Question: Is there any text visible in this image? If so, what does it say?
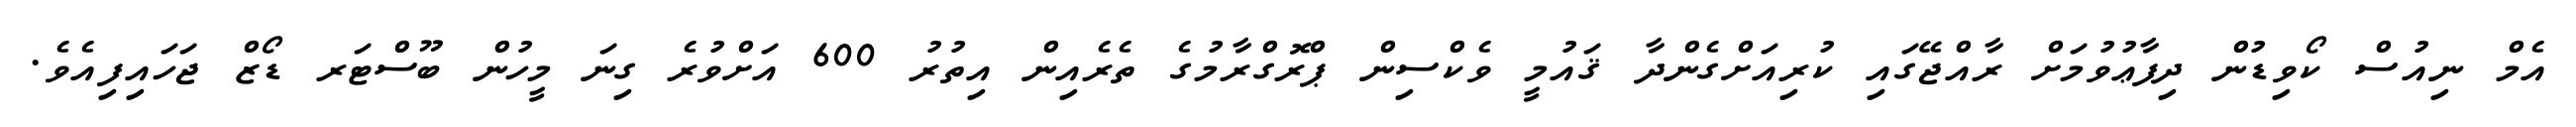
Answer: އެމް ނިއުސް ކޯވިޑުން ދިފާޢުވުމަށް ރާއްޖޭގައި ކުރިއަށްގެންދާ ޤައުމީ ވެކްސިން ޕްރޮގްރާމުގެ ތެރެއިން އިތުރު 600 އަށްވުރެ ގިނަ މީހުން ބޫސްޓަރ ޑޯޒް ޖަހައިފިއެވެ.